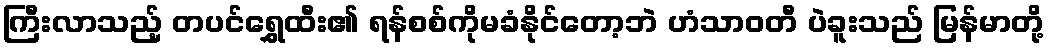
ကြီးလာသည့် တပင်ရွှေထီး၏ ရန်စစ်ကိုမခံနိုင်တော့ဘဲ ဟံသာဝတီ ပဲခူးသည် မြန်မာတို့